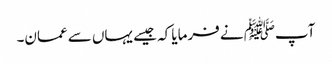
آپﷺ نے فرمایا کہ جیسے یہاں سے عمان۔